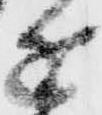
近